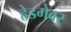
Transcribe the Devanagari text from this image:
हेडगेवर